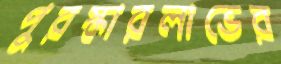
পুরস্কারলাভের